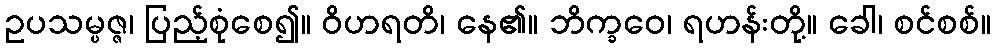
ဥပသမ္ပဇ္ဇ၊ ပြည့်စုံစေ၍။ ဝိဟရတိ၊ နေ၏။ ဘိက္ခဝေ၊ ရဟန်းတို့။ ခေါ၊ စင်စစ်။